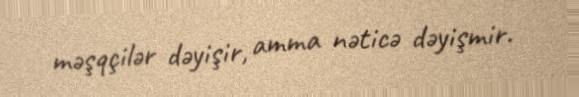
məşqçilər dəyişir, amma nəticə dəyişmir.